Calcutta medical institutions reports 1871-78
Year: 1871
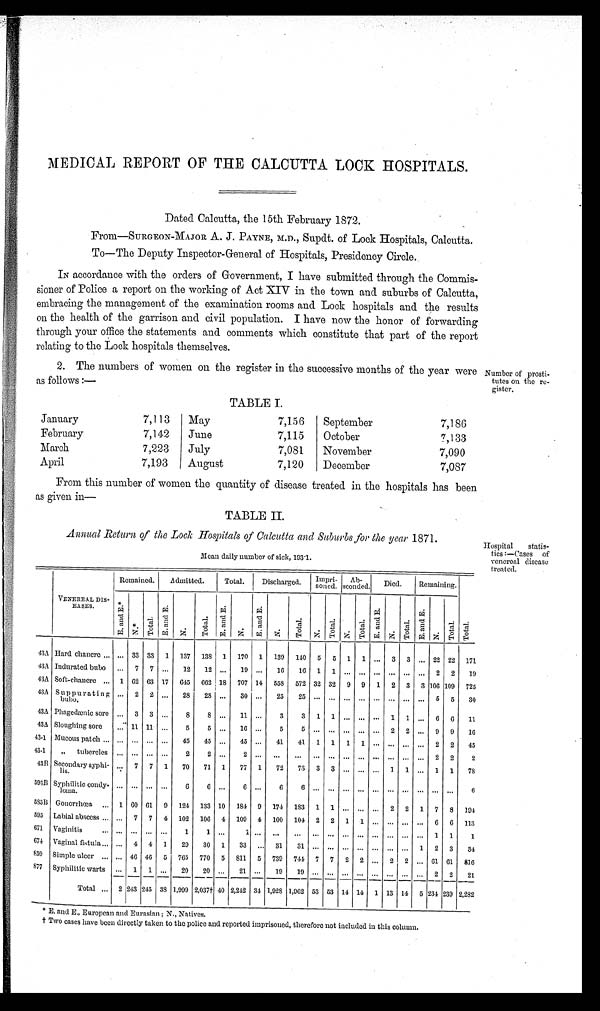
MEDICAL REPORT OF THE CALCUTTA LOCK HOSPITALS.
Dated Calcutta, the 15th February 1872.
From—SURGEON- MAJOR A. J. PAYNE, M.D., Supdt. of Lock Hospitals, Calcutta.
To—The Deputy Inspector-General of Hospitals, Presidency Circle.
IN accordance with the orders of Government, I have submitted through the Commis
sioner of Police a report on the working of Act XIV in the town and suburbs of Calcutta,
embracing the management of the examination rooms and Lock hospitals and the results
on the health of the garrison and civil population. I have now the honor of forwarding
through your office the statements and comments which constitute that part of the report
relating to the Lock hospitals themselves.
2. The numbers of women on the register in the successive months of the year were
as follows :—
TABLE I.
January
7,113
May
7,156
September
7,186
February
7,142
June
7,115
October
7,133
March
7,223
July
7,081
November
7,090
April
7,193
August
7,120
December
7,087
From this number of women the quantity of disease treated in the hospitals has been
as given in—
TABLE II.
Annual Return of the Lock Hospitals of Calcutta and Suburbs for the year 1871.
Mean daily number of sick, 193'1.
Number of prosti-
tutes on the re-
gister.
Hospital statis
tics :—Cases of
venereal disease
treated.
VENEREAL
DIS-
EASES.
Remained.
Admitted.
Total.
Discharged.
Impri- soned. Ab-
sconded. Died.
Remaining.
T o t a l .
E, a n d E. *
N.* T o t a l .
E. a n d E.
N.
Tot al .
E. a nd E.
N.
E. a nd E.
N.
Tot a l .
N.
Tot al .
N.
Tot al .
E. a nd E.
N.
T o t a l . E a n d E.
N.
Tot al .
43A Hard chancre ... ... 33 33 1 137 138 1 170 1 139 140 5 5 1 1 ... 3 3 ... 22 22 171
43A Indurated bubo ... 7 7 ... 12 12 ... 19 ... 16 16 1 1 ... ... ... ... ... ... 2 2 19
43A Soft-chancre ... 1 62 63 17 645 662 18 707 14 558 572 32 32 9 9 1 2 3 3 106 109 725
43A Suppurating
bubo.
... 2 2 ... 28 28 ... 30 ... 25 25 ... ... ... ... ... ... ... ... 5 5 30
43A Phagedænic sore ... 3 3 ...
8
8 ... 11 ...
3
3 1 1 ... ... ... 1 1 ... 6 6 11
43A Sloughing sore ... 11 11 ...
5
5 ... 16 ...
5
5 ... ... ... ... ... 2 2 ... 9 9 16
43-1 Mucous patch ... ... ... ... ...
45 45 ... 45 ... 41 41 1 1 1 1 ... ... ... ... 2 2 45
43-1 „ tubercles ... ... ... ...
2
2 ...
2 ... ...
... ... ... ... ... ... ... ... ... 2 2
2
43B Secondary syphi-
lis.
... 7 7 1 70 71 1 77 1 72 73 3 3 ... ... ... 1 1 ... 1 1 78
593B Syphilitic condy-
loma.
... ... ... ... ... ... ... ... ... ... ... ... ... ... ... ... ... ... ... ... ...
6
585B Gonorrhæa ... 1 60 61 9 124 133 10 184 9 174 183 1 1 ... ... ... 2 2 1 7 8 194
595 Labial abscess ... ... 7 7 4 102 106 4 109 4 100 104 2 2 1 1 ... ... ... ... 6 0 113
671 Vaginitis
...
Vaginitis ...
... ... ... ...
1
1 ... 1
... ...
... ... ... ... ... ... ... ... ... 1 1
1
674 Vaginal fistula ... ... 4 4 1 29 30 1 33 ... 31 31 ... ... ... ... ... ... ... 1 2 3 34
859 Simple ulcer ... ... 46 46 5 765 770 5 811 5 739 744 7 7 2 2 ... 2 2 ... 61 61 816
877 Syphilitic warts ... 1 1 ... 20 20 ... 21 ... 19 19 ... ... ... ... ... ... ... ... 2 2 21
Total . . . 2 243 245 38 1,999 2,037 40 2,242 34 1,928 1,962 53 53 14 14 1 13 14 5 234 239 2,282
* E. and E., European and Eurasian; N., Natives.
† Two cases have been directly taken to the police and reported imprisoned, therefore not included in this column
1